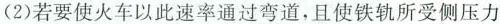
（2）若要使火车以此速率通过弯道，且使铁轨所受侧压力